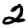
Digit: 2